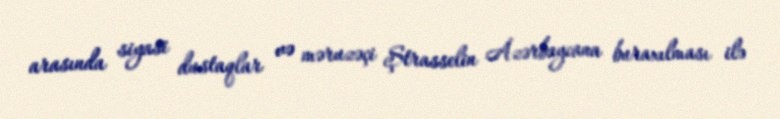
arasında siyasi dustaqlar və məruzəçi Ştrasselin Azərbaycana buraxılması ilə